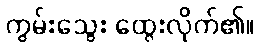
ကွမ်းသွေး ထွေးလိုက်၏။